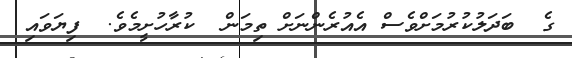
ގެ  ބަދަލުކުރުމަށްވެސް އެއުރެންނަށް ތިމަން  ކުރާހުށީމެވެ.  ފިޔަވައި